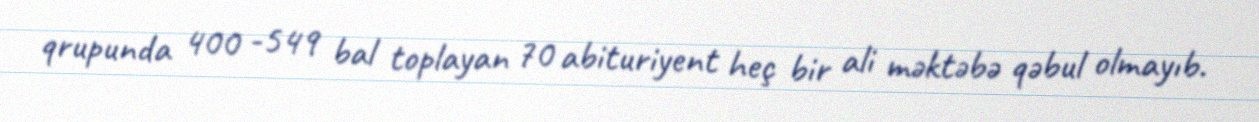
qrupunda 400 -549 bal toplayan 70 abituriyent heç bir ali məktəbə qəbul olmayıb.